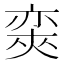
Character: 𡙩